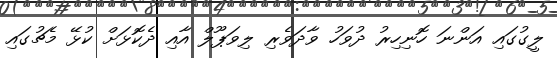
ލީގުގައި އަންނަ ހޮނިހިރު ދުވަހު ވާދަވެރި ލިވަޕޫލް އާއި ދެކޮޅަށް ކުޅޭ މެޗުގައި